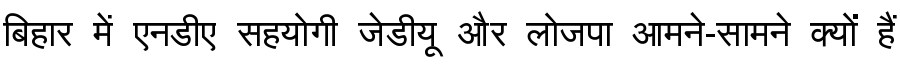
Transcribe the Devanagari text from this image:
बिहार में एनडीए सहयोगी जेडीयू और लोजपा आमने-सामने क्यों हैं